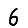
Digit: 6